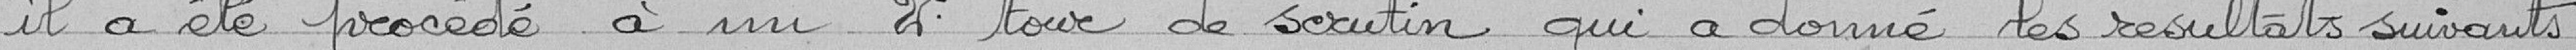
il a été procédé à un 2° tour de scrutin qui a donné les résultats suivants :